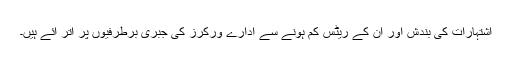
اشتہارات کی بندش اور ان کے ریٹس کم ہونے سے ادارے ورکرز کی جبری برطرفیوں پر اتر آئے ہیں۔